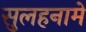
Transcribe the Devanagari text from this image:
सुलहनामे